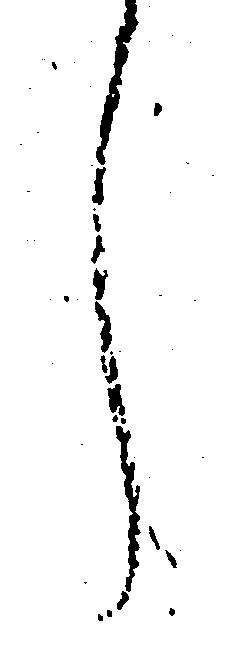
し